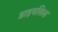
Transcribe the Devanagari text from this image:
डाइपसिस